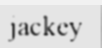
jackey